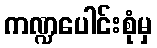
ကဏ္ဍပေါင်းစုံမှ